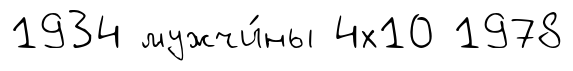
1934 мужчи́ны 4х10 1978